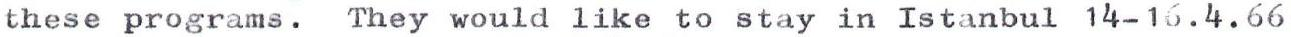
these programs. They would like to stay in Istanbul 14-16.4.66